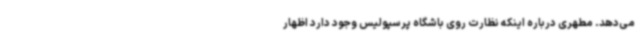
می‌دهد. مطهری درباره اینکه نظارت روی باشگاه پرسپولیس وجود دارد اظهار